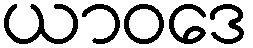
ယာဝဒေ